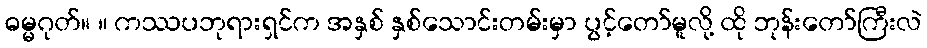
ဓမ္မဂုတ်။ ။ ကဿပဘုရားရှင်က အနှစ် နှစ်သောင်းတမ်းမှာ ပွင့်တော်မူလို့ ထို ဘုန်းတော်ကြီးလဲ